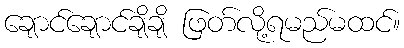
ချောင်ချောင်ချိချိ ဖြတ်လို့ရမည်မထင်။